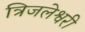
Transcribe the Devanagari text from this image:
त्रिजलेश्वरी